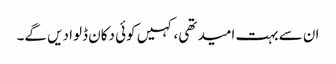
ان سے بہت امید تھی، کہیں کوئی دکان ڈلوا دیں گے۔